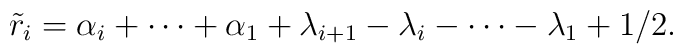
\tilde{r}_{i}=\alpha_{i}+\cdots+\alpha_{1}+\lambda_{i+1}-\lambda_{i}-\cdots-\lambda_{1}+1/2.